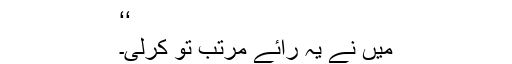
‘‘
میں نے یہ رائے مرتب تو کرلی۔